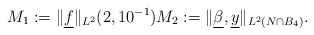
\begin{align*}M_1:= \|\underline{f}\|_{L^{2}}(2, 10^{-1}) M_2 := \| \underline{\beta}, \underline{y}\|_{L^{2}(N\cap B_{4})}.\end{align*}